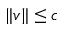
\| v \| \leq c